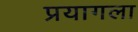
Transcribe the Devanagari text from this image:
प्रयागला